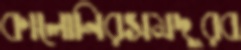
কালোনিরসমদূরব